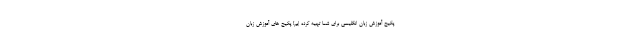
پکیج آموزش زبان انگلیسی برای شما تهیه کرده ایم! پکیج های آموزش زبان